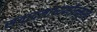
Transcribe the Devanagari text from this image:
संवादमाध्यमोन्मुख